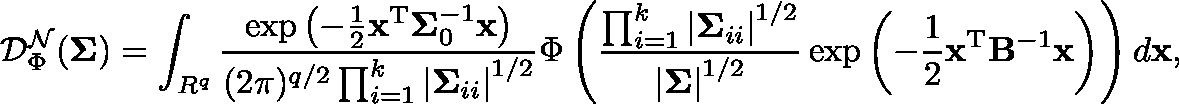
\mathcal { D } _ { \Phi } ^ { \mathcal { N } } ( \mathbf { \Sigma } ) = \int _ { \mathbb { R } ^ { q } } \frac { \exp \left( - \frac { 1 } { 2 } \mathbf { x } ^ { \mathrm { T } } \mathbf { \Sigma } _ { 0 } ^ { - 1 } \mathbf { x } \right) } { ( 2 \pi ) ^ { q / 2 } \prod _ { i = 1 } ^ { k } \left| \mathbf { \Sigma } _ { i i } \right| ^ { 1 / 2 } } \Phi \left( \frac { \prod _ { i = 1 } ^ { k } \left| \mathbf { \Sigma } _ { i i } \right| ^ { 1 / 2 } } { \left| \mathbf { \Sigma } \right| ^ { 1 / 2 } } \exp \left( - \frac { 1 } { 2 } \mathbf { x } ^ { \mathrm { T } } \mathbf { B } ^ { - 1 } \mathbf { x } \right) \right) d \mathbf { x } ,